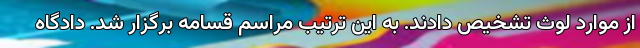
از موارد لوث تشخیص دادند. به این ترتیب مراسم قسامه برگزار شد. دادگاه